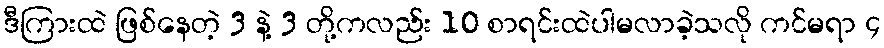
ဒီကြားထဲ ဖြစ်နေတဲ့ 3 နဲ့ 3 တို့ကလည်း 10 စာရင်းထဲပါမလာခဲ့သလို ကင်မရာ ၄